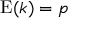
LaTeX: \operatorname { E } ( k ) = p